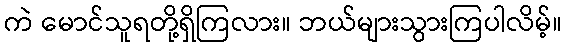
ကဲ မောင်သူရတို့ရှိကြလား။ ဘယ်များသွားကြပါလိမ့်။